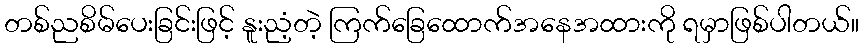
တစ်ညစိမ်ပေးခြင်းဖြင့် နူးညံ့တဲ့ ကြက်ခြေထောက်အနေအထားကို ရမှာဖြစ်ပါတယ်။